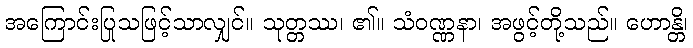
အကြောင်းပြုသဖြင့်သာလျှင်။ သုတ္တဿ၊ ၏။ သံဝဏ္ဏနာ၊ အဖွင့်တို့သည်။ ဟောန္တိ၊